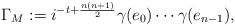
\begin{align*}\Gamma_M := i^{-t+\frac{n(n+1)}{2}} \gamma(e_0) \cdots \gamma(e_{n-1}) ,\end{align*}